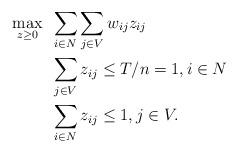
LaTeX: \begin{align*}\max_{z \geq 0} ~ & \sum_{i \in N} \sum_{j \in V} w_{ij} z_{ij} \\ & \sum_{j\in V}z_{ij}\leq T/n=1, i\in N \\& \sum_{i\in N}z_{ij}\leq 1, j\in V . \end{align*}